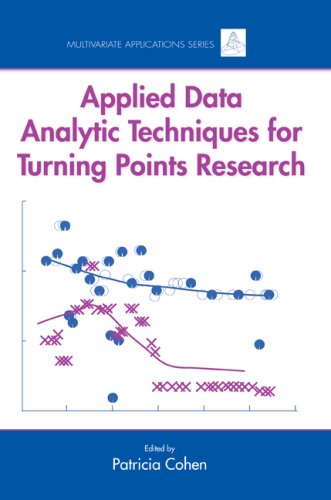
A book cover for Applied Data Analytic Techniques For Turning Points Research (Multivariate Applications Series); Science & Math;